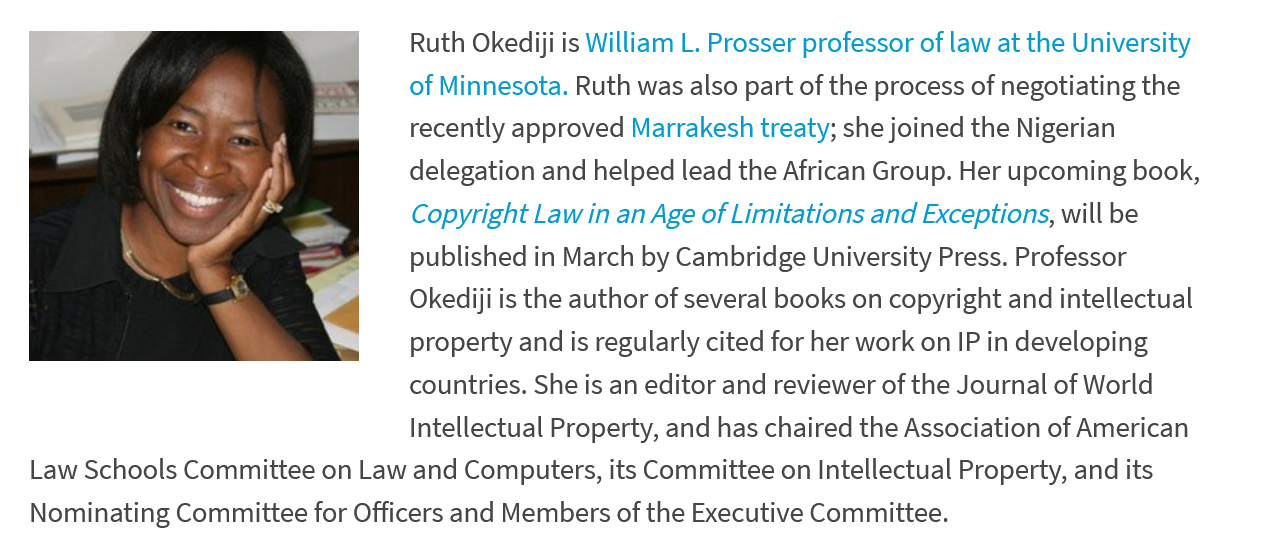
a   Faw
     PP
     a
     Ruth Okediji is William L. Prosser professor of law at the University
     of Minnesota. Ruth was also part of the process of negotiating the
     recently approved Marrakesh treaty; she joined the Nigerian
     delegation and helped lead the African Group. Her upcoming book,
     Copyright Law in an Age of Limitations and Exceptions, will be
     published in March by Cambridge University Press. Professor
     Okediji is the author of several books on copyright and intellectual
     property and is regularly cited for her work on IP in developing
     countries. She is an editor and reviewer of the Journal of World
     Intellectual Property, and has chaired the Association of American
     ne eee eee en en eee eee ne ee NE    EE
   Law Schools Committee on Law and Computers, its Committee on Intellectual Property, and its
   Nominating Committee for Officers and Members of the Executive Committee.